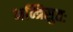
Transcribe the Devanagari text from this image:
मन्त्रिसुतः